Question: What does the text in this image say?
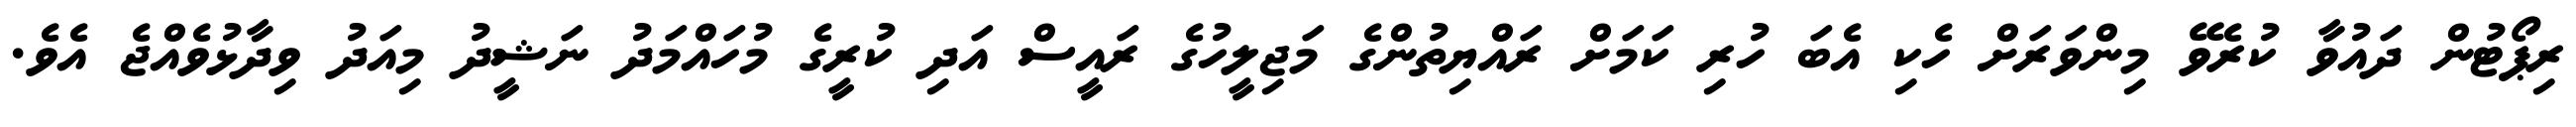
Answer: ރިޕޯޓުން ދައުވާ ކުރެވޭ މިންވަރަށް ހެކި އެބަ ހުރި ކަމަށް ރައްޔިތުންގެ މަޖިލީހުގެ ރައީސް އަދި ކުރީގެ މުހައްމަދު ނަޝީދު މިއަދު ވިދާޅުވެއްޖެ އެވެ.